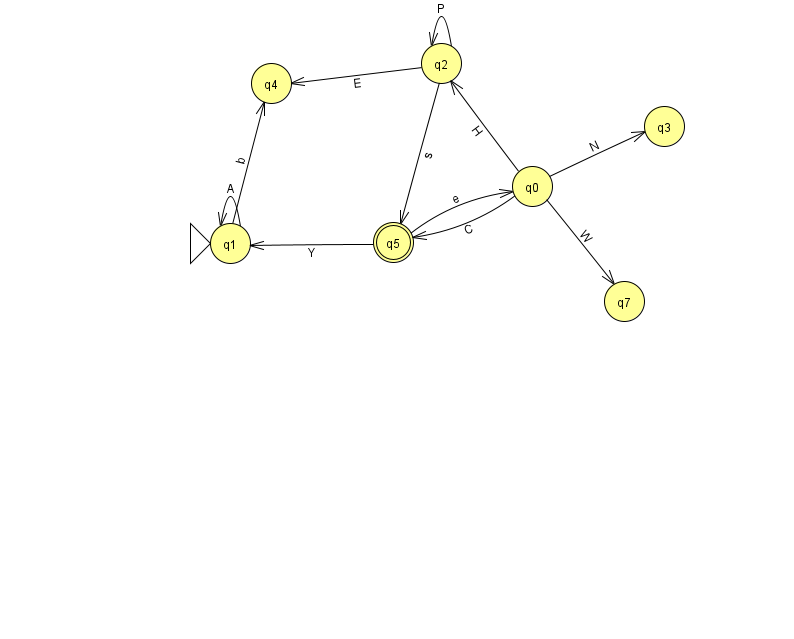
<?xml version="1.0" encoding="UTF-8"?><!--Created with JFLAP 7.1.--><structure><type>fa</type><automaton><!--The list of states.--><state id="0" name="q0"><x>532.0</x><y>173.0</y></state><state id="1" name="q1"><x>230.0</x><y>230.0</y><initial/></state><state id="2" name="q2"><x>441.0</x><y>50.0</y></state><state id="3" name="q3"><x>664.0</x><y>113.0</y></state><state id="4" name="q4"><x>271.0</x><y>70.0</y></state><state id="5" name="q5"><x>393.0</x><y>229.0</y><final/></state><state id="7" name="q7"><x>624.0</x><y>288.0</y></state><!--The list of transitions.--><transition><from>2</from><to>2</to><read>P</read></transition><transition><from>2</from><to>5</to><read>s</read></transition><transition><from>5</from><to>1</to><read>Y</read></transition><transition><from>0</from><to>3</to><read>N</read></transition><transition><from>1</from><to>1</to><read>A</read></transition><transition><from>2</from><to>4</to><read>E</read></transition><transition><from>5</from><to>0</to><read>e</read></transition><transition><from>0</from><to>5</to><read>C</read></transition><transition><from>0</from><to>2</to><read>H</read></transition><transition><from>1</from><to>4</to><read>b</read></transition><transition><from>0</from><to>7</to><read>W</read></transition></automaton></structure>